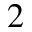
_ 2